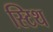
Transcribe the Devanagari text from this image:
स्टिथ